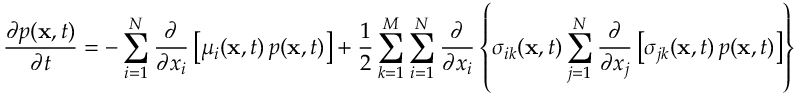
{ \frac { \partial p ( \mathbf { x } , t ) } { \partial t } } = - \sum _ { i = 1 } ^ { N } { \frac { \partial } { \partial x _ { i } } } \left[ \mu _ { i } ( \mathbf { x } , t ) \, p ( \mathbf { x } , t ) \right] + { \frac { 1 } { 2 } } \sum _ { k = 1 } ^ { M } \sum _ { i = 1 } ^ { N } { \frac { \partial } { \partial x _ { i } } } \left\{ \sigma _ { i k } ( \mathbf { x } , t ) \sum _ { j = 1 } ^ { N } { \frac { \partial } { \partial x _ { j } } } \left[ \sigma _ { j k } ( \mathbf { x } , t ) \, p ( \mathbf { x } , t ) \right] \right\}